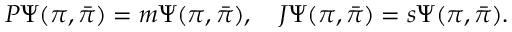
P \Psi ( \pi , { \bar { \pi } } ) = m \Psi ( \pi , { \bar { \pi } } ) , \quad { J } \Psi ( \pi , { \bar { \pi } } ) = s \Psi ( \pi , { \bar { \pi } } ) .